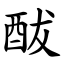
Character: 䣮